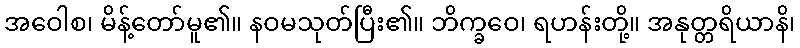
အဝေါစ၊ မိန့်တော်မူ၏။ နဝမသုတ်ပြီး၏။ ဘိက္ခဝေ၊ ရဟန်းတို့။ အနုတ္တရိယာနိ၊